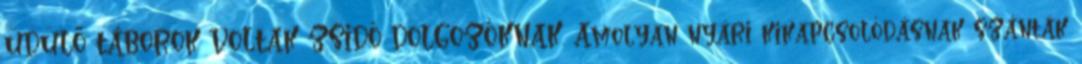
ÜDÜLŐ TÁBOROK VOLTAK ZSIDÓ DOLGOZÓKNAK. Amolyan nyári kikapcsolódásnak szánták